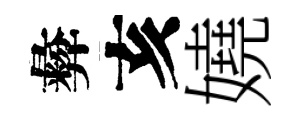
彜亥嬈